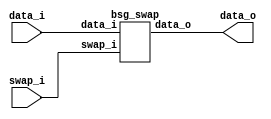


module top
(
  data_i,
  swap_i,
  data_o
);

  input [31:0] data_i;
  output [31:0] data_o;
  input swap_i;

  bsg_swap
  wrapper
  (
    .data_i(data_i),
    .data_o(data_o),
    .swap_i(swap_i)
  );


endmodule



module bsg_swap
(
  data_i,
  swap_i,
  data_o
);

  input [31:0] data_i;
  output [31:0] data_o;
  input swap_i;
  wire [31:0] data_o;
  wire N0,N1,N2;
  assign data_o = (N0)? { data_i[15:0], data_i[31:16] } : 
                  (N1)? data_i : 1'b0;
  assign N0 = swap_i;
  assign N1 = N2;
  assign N2 = ~swap_i;

endmodule